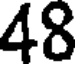
48